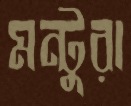
মন্টুরা